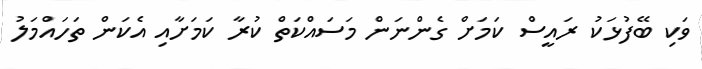
ވަކި ބޭފުޅަކު ރައީސް ކަމަށް ގެންނަން މަސައްކަތް ކުރާ ކަމަށާއި އެކަން ތަހައްމަލު